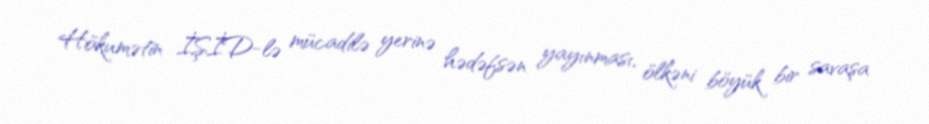
Hökumətin İŞİD-lə mücadilə yerinə hədəfsən yayınması, ölkəni böyük bir savaşa